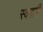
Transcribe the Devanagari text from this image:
स्वगामी